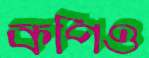
কপিও